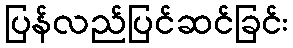
ပြန်လည်ပြင်ဆင်ခြင်း